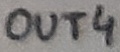
Text: OUT4